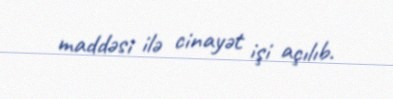
maddəsi ilə cinayət işi açılıb.